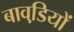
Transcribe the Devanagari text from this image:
बावडि़यों